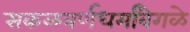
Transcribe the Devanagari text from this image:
सकळवर्णधर्मांवेगळे